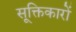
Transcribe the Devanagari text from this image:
सूक्तिकारों